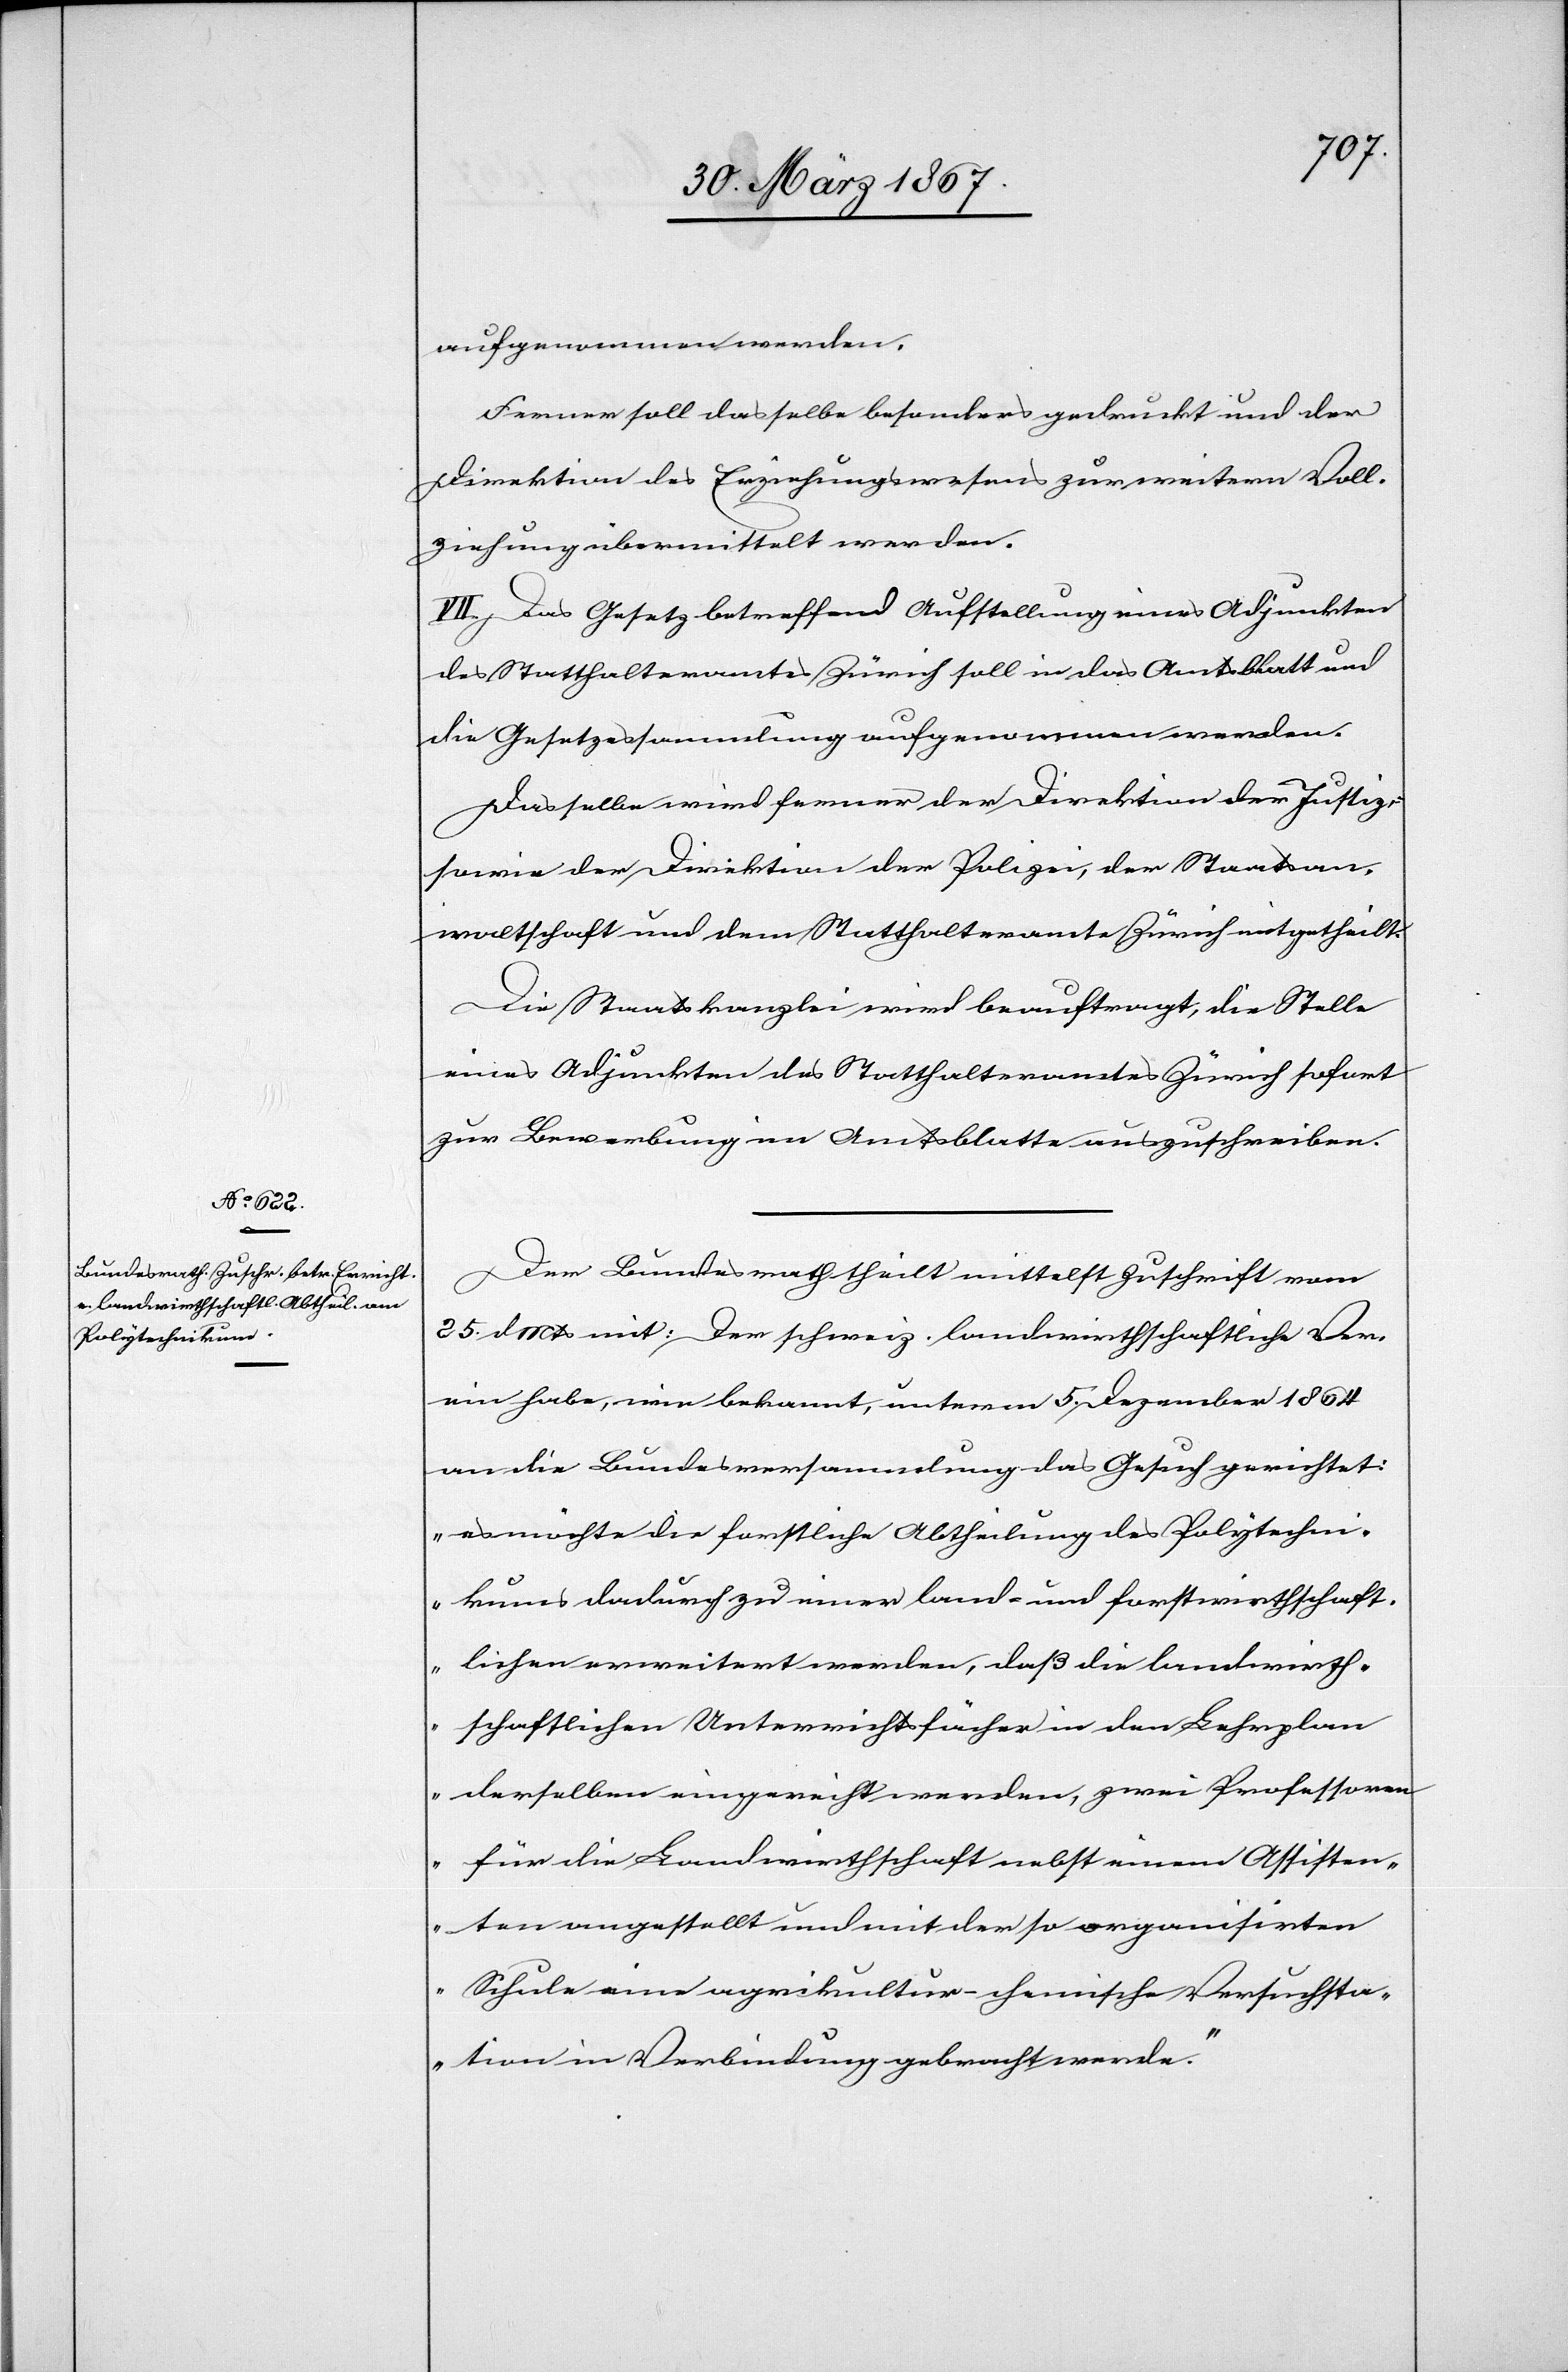
aufgenommen werden.
Ferner soll dasselbe besonders gedruckt und der
Direktion des Erziehungswesens zur weitern Voll¬
ziehung übermittelt werden.
VII. Das Gesetz betreffend Aufstellung eines Adjunkten
des Statthalteramtes Zürich soll in das Amtsblatt und
die Gesetzessammlung aufgenommen werden.
Dasselbe wird ferner der Direktion der Justiz,
sowie der Direktion der Polizei, der Staatsan¬
waltschaft und dem Statthalteramte Zürich mitgetheilt.
Die Staatskanzlei wird beauftragt, die Stelle
eines Adjunkten des Statthalteramtes Zürich sofort
zur Bewerbung im Amtsblatte auszuschreiben.
Der Bundesrath theilt mittelst Zuschrift vom
25. d. Mts mit: Der schweiz. landwirthschaftliche Ver¬
ein habe, wie bekannt, unterm 5. Dezember 1864
an die Bundesversammlung das Gesuch gerichtet:
„es möchte die forstliche Abtheilung des Polytechni¬
kums dadurch zu einer land- und forstwirthschaft¬
lichen erweitert werden, daß die landwirth¬
schaftlichen Unterrichtsfächer in den Lehrplan
derselben eingereiht werden, zwei Professoren
für die Landwirthschaft nebst einem Assisten¬
ten angestellt und mit der so organisirten
Schule eine agrikultur-chemische Versuchsta¬
tion in Verbindung gebracht werde.“